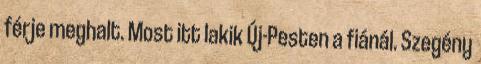
férje meghalt. Most itt lakik Új-Pesten a fiánál. Szegény